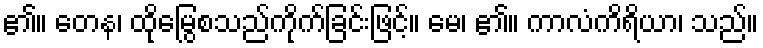
၏။ တေန၊ ထိုမြွေစသည်ကိုက်ခြင်းဖြင့်။ မေ၊ ၏။ ကာလံကိရိယာ၊ သည်။